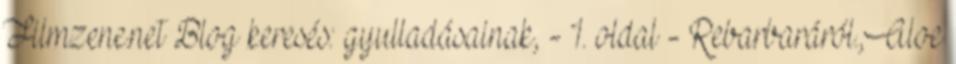
Filmzene.net Blog keresés: gyulladásainak, - 1. oldal - Rebarbaráról.,Aloe